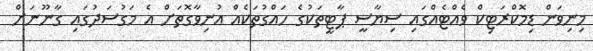
މިނިވަން ޑިމޮކްރަޓިކް ވެއްޓެއްގައި ސިޔާސީ ޕާޓީތަކުގެ ހައްގުތަކެއް އުނިވާގޮތަށް އެ މަގުސަދުގައި ގާނޫނަށް